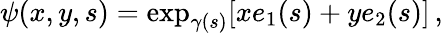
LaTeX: \psi(x,y,s)=\exp_{\gamma(s)}[xe_{1}(s)+ye_{2}(s)]\, ,